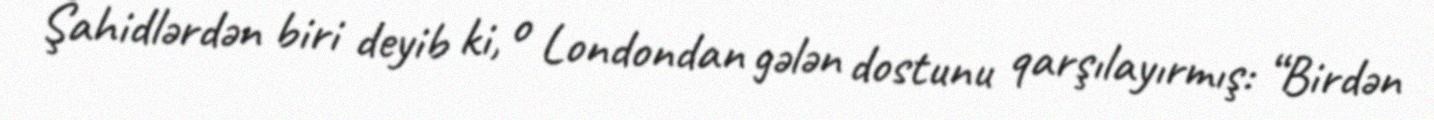
Şahidlərdən biri deyib ki, o Londondan gələn dostunu qarşılayırmış: “Birdən